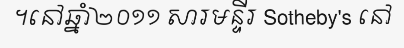
។នៅឆ្នាំ២០១១ សារមន្ទីរ Sotheby's នៅ